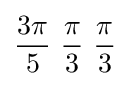
{3\pi  \over 5}\ {\pi  \over 3}\ {\pi  \over 3}